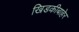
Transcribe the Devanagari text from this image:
खिडकीबाहेर